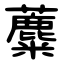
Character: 蘪